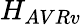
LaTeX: H_{AVRv}